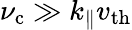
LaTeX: \nu_{\mathrm{c}}\gg k_{\| }v_{\mathrm{th}}